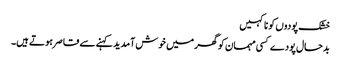
خشک پودوں کو نا کہیں
بدحال پودے کسی مہمان کو گھر میں خوش آمدید کہنے سے قاصر ہوتے ہیں۔